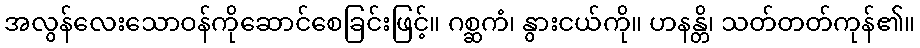
အလွန်လေးသောဝန်ကိုဆောင်စေခြင်းဖြင့်။ ဂစ္ဆကံ၊ နွားငယ်ကို။ ဟနန္တိ၊ သတ်တတ်ကုန်၏။